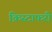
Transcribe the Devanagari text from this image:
क्रिस्टाफरी